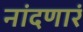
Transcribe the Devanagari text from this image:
नांदणारं